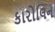
કારોલિન